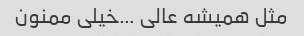
مثل همیشه عالی …خیلی ممنون